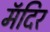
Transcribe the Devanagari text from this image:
मॅदिर